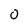
Character: 0